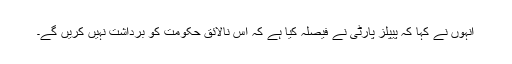
انہوں نے کہا کہ پیپلز پارٹی نے فیصلہ کیا ہے کہ اس نالائق حکومت کو برداشت نہیں کریں گے۔